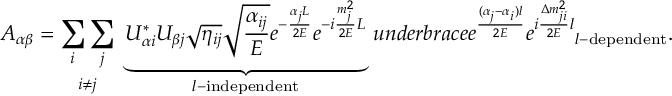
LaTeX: A _ { \alpha \beta } = \underset { i \neq j } { \sum _ { i } \sum _ { j } } \ \underbrace { U _ { \alpha i } ^ { * } U _ { \beta j } \sqrt { \eta _ { i j } } \sqrt { \frac { \alpha _ { i j } } { E } } e ^ { - \frac { \alpha _ { j } L } { 2 E } } e ^ { - i \frac { m _ { j } ^ { 2 } } { 2 E } L } } _ { l \mathrm { - i n d e p e n d e n t } } \, u n d e r b r a c e { e ^ { \frac { ( \alpha _ { j } - \alpha _ { i } ) l } { 2 E } } e ^ { i \frac { \Delta m _ { j i } ^ { 2 } } { 2 E } l } } _ { l \mathrm { - d e p e n d e n t } } .